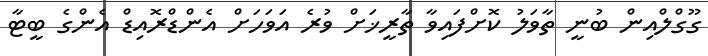
ގޫގްލްއިން ބުނީ ތާވަލު ކޮށްފައިވާ ތާރީޚަށް ވުރެ އަވަހަށް އެންޑްރޮއިޑް އެންގެ ބީޓާ